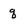
Character: q